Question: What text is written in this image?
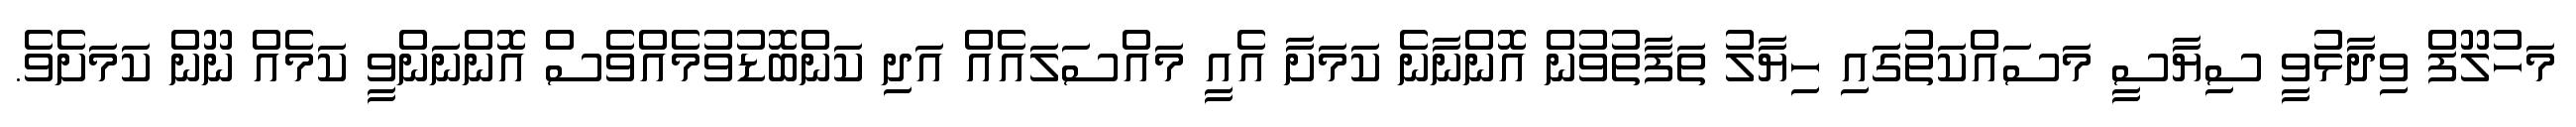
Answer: މަހުލޫފް ވިދާޅުވީ ސިޔާސީ މަސައްކަތުގަައި ހިޔާލު ތަފާތުވުން އޮންނާނެ ކަމަށާ އެއީ މައްސަލައެއް އަދި ކަންބޮޑުވުމެއްވެސް އޮންނަންވީ ކަމެއް ނޫން ކަމަށެވެ.